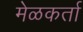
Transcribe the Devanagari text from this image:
मेळकर्ता